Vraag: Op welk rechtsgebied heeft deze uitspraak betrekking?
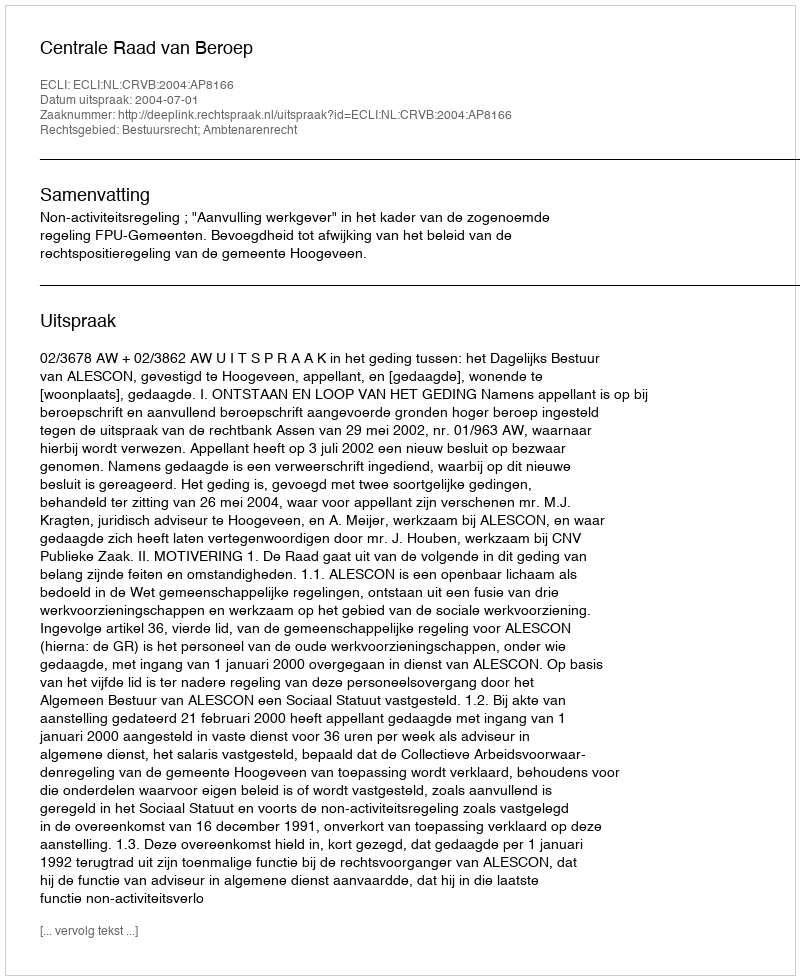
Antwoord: Bestuursrecht; Ambtenarenrecht